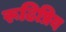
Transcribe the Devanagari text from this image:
रूढिप्रिय